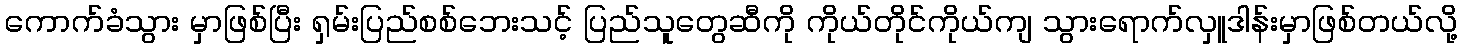
ကောက်ခံသွား မှာဖြစ်ပြီး ရှမ်းပြည်စစ်ဘေးသင့် ပြည်သူတွေဆီကို ကိုယ်တိုင်ကိုယ်ကျ သွားရောက်လှူဒါန်းမှာဖြစ်တယ်လို့